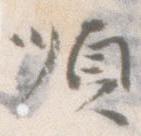
順